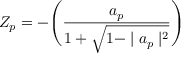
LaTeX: Z _ { p } = - \Biggl ( \frac { a _ { p } } { 1 + \sqrt { 1 - \mid a _ { p } \mid ^ { 2 } } } \Biggr )